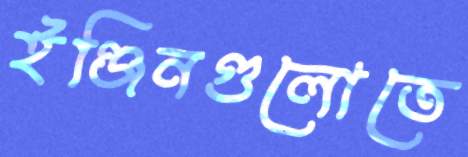
ইঞ্জিনগুলোতে